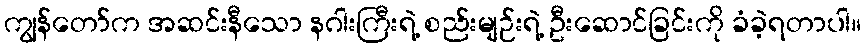
ကျွန်တော်က အဆင်းနီသော နဂါးကြီးရဲ့ စည်းမျဉ်းရဲ့ ဦးဆောင်ခြင်းကို ခံခဲ့ရတာပါ။